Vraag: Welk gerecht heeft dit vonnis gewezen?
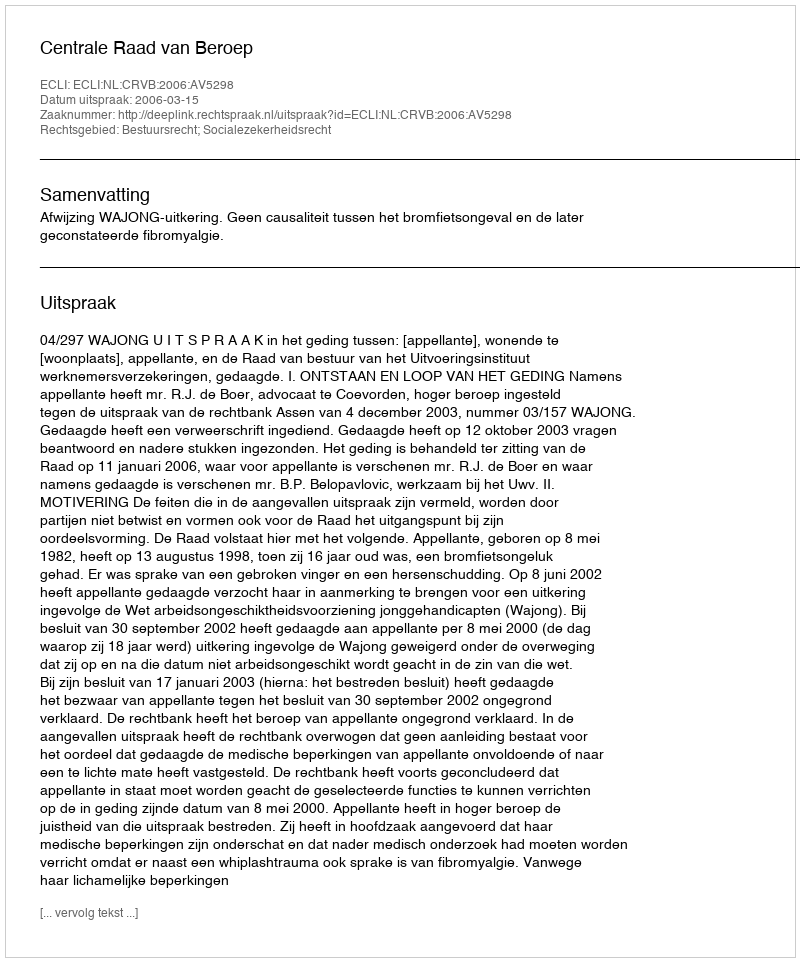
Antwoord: Centrale Raad van Beroep